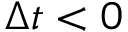
\Delta t < 0